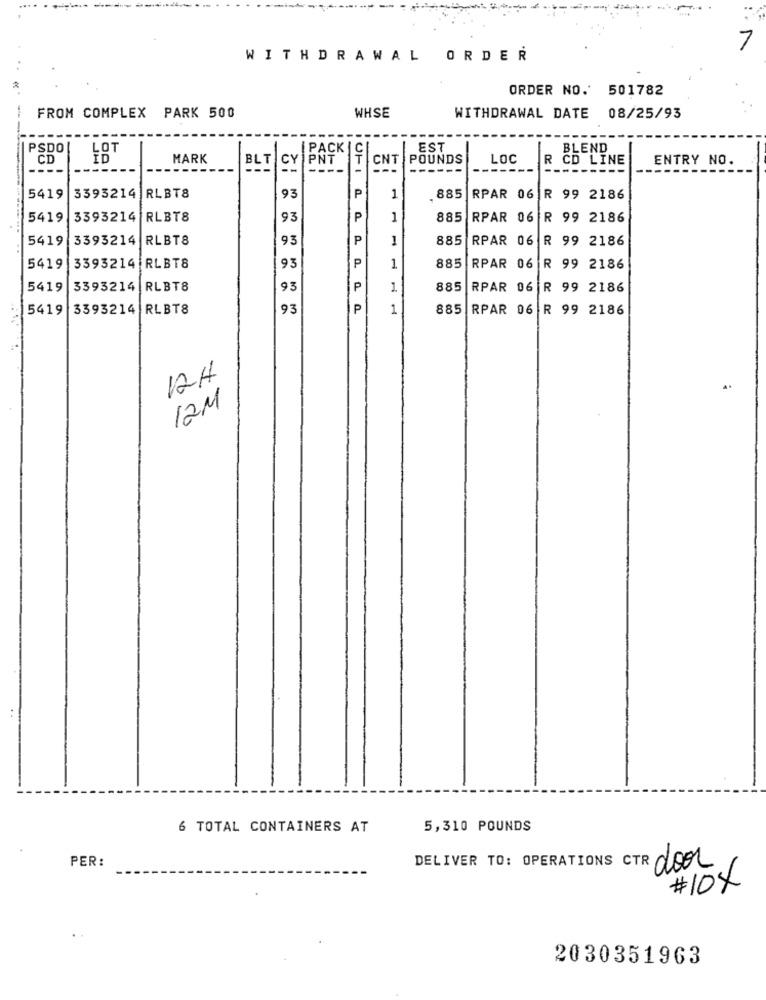
7
WITHDRAWAL ORDER
ORDER NO. 501782
FROM COMPLEX PARK 500
WHSE
WITHDRAWAL DATE 08/25/93
PSDO
LOT
PACK | C
EST
BLEND
CD
ID
MARK
CY PNŤ
CNT
POUNDS
LOC
R CD LINE
ENTRY NO.
BLT
----
------
P
5419
3393214 RLBT8
93
1
885
RPAR 06 R 99 2186
5419
3393214
RLBT8
93
P
1
885
RPAR 06
R 99 2186
5419
3393214 RLBT8
93
P
1
885
RPAR 06 R 99 2186
..
93
P
885
5419
3393214 RLBT8
1
RPAR 06 R 99 2186
5419
3393214 RLBT8
93
P
1
885
RPAR 06 R 99 2186
5419
3393214 RLBT8
93
P
1
885
RPAR 06 R 99 2186
12H
12M
6 TOTAL CONTAINERS AT
5,310 POUNDS
PER:
DELIVER TO: OPERATIONS CTR door
#10X
.
2030351963